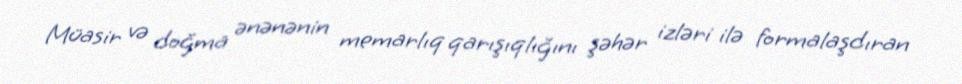
Müasir və doğma ənənənin memarlıq qarışıqlığını şəhər izləri ilə formalaşdıran